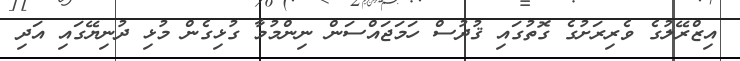
އިޒްރޭލުގެ ވެރިރަށުގެ ގޮތުގައި ޤުދުސް ހަމަޖައްސަން ނިންމުމާ ގުޅިގެން މުޅި ދުނިޔޭގައި އަދި